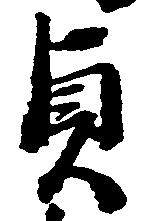
貞